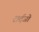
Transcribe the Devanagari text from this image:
सर्दजो